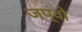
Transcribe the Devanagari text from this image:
जप्वो